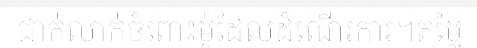
ជាក់លាក់ចំពោះម៉ូដែលដំណើរការ។តម្លៃ